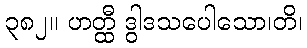
၃၈၂။ ဟတ္ထီ ဒွါဒသပေါသော၊တိ၊